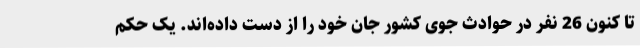
تا کنون 26 نفر در حوادث جوی کشور جان خود را از دست داده‌اند. یک حکم